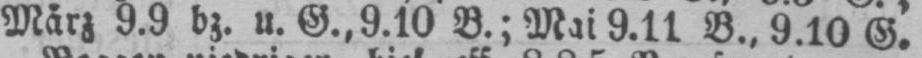
März 9.9 bz. u. G., 9.10 B.; Mai 9.11 B., 9.10 G.